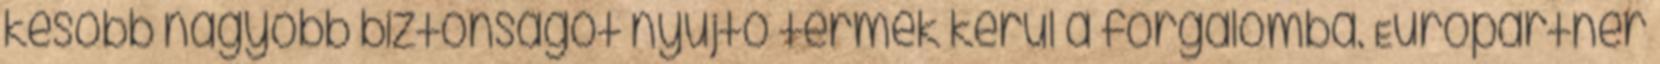
később nagyobb biztonságot nyújtó termék kerül a forgalomba. Europartner